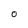
Character: O